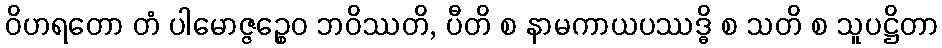
ဝိဟရတော တံ ပါမောဇ္ဇဉ္စေဝ ဘဝိဿတိ, ပီတိ စ နာမကာယပဿဒ္ဓိ စ သတိ စ သူပဋ္ဌိတာ